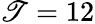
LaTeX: \mathscr{T}=12